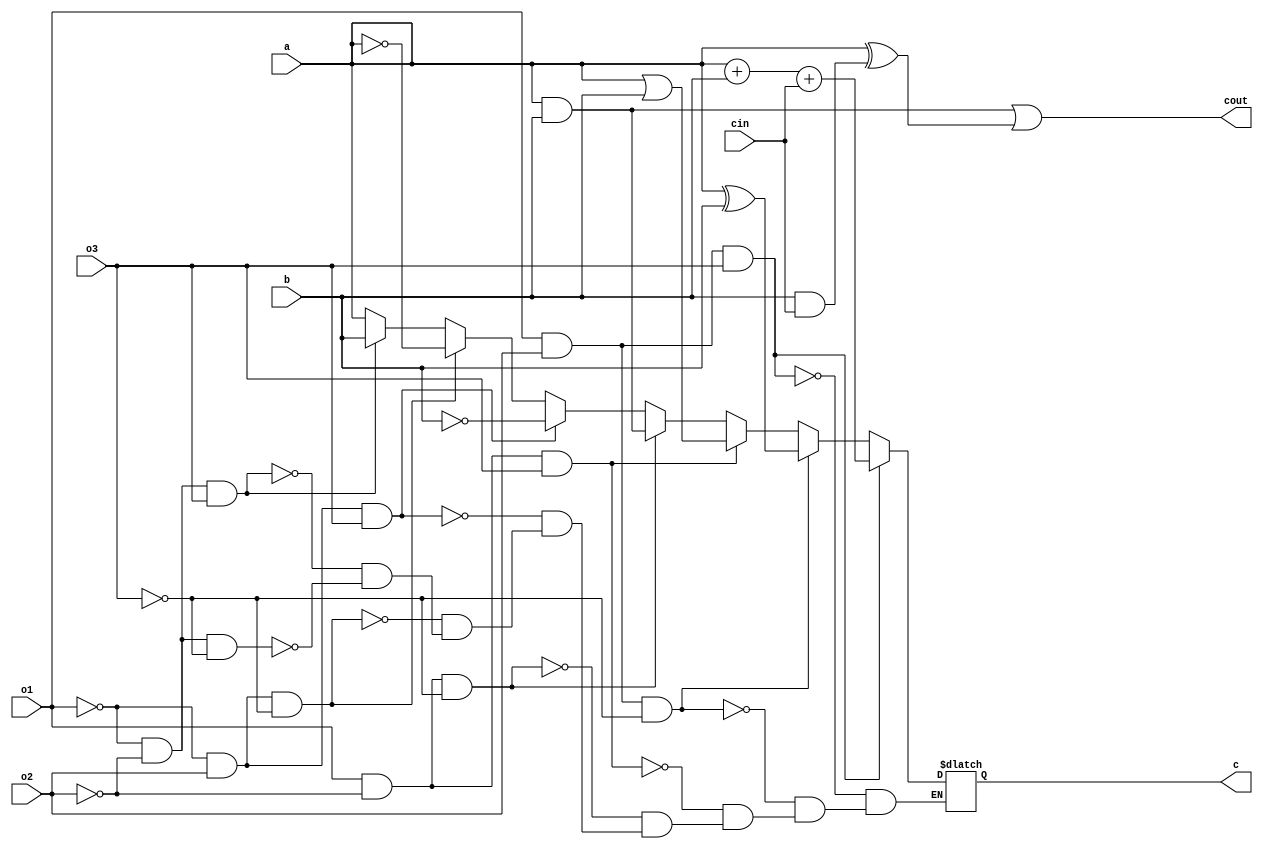
module half_alu (
  output c, cout,
  input a, b, o1, o2, o3, cin
);

reg c;
reg cout;

always @ (a or b or o1 or o2 or o3 or cin)
begin
  if (!o1 & !o2 & !o3)
    c = a;
  if (!o1 & !o2 & o3)
    c = b;
  if (!o1 & o2 & !o3) 
    c = ~a;
  if (!o1 & o2 & o3)
    c = ~b;
  if (o1 & !o2 & !o3)
    c = a&b;
  if (o1 & !o2 & o3)
    c = a|b;
  if (o1 & o2 & !o3)
    c = a ^ b;
  if (o1 & o2 & o3)
    c = a + b + cin;
    cout = (a & b) | (a^b&cin);
end

endmodule